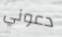
دعوني